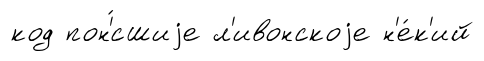
код пон'́сшиjе л'ивонскоjе н'е́к'ий